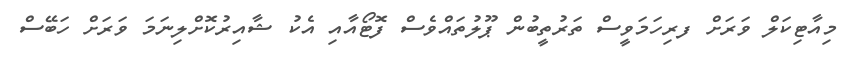
މިއާޓިކަލް ވަރަށް ފރިހަމަވީސް ތަރުތީބުން ޕޫލުތައްވެސް ފޮޓޯއާއި އެކު ޝާއިރުކޮށްލިނަމަ ވަރަށް ހަބޭސް